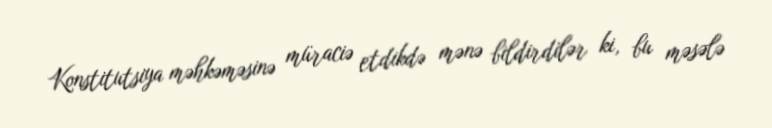
Konstitutsiya məhkəməsinə müraciə etdikdə mənə bildirdilər ki, bu məsələ